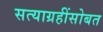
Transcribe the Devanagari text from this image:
सत्याग्रहींसोबत